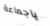
ياجماعة